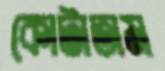
কোটাতাম